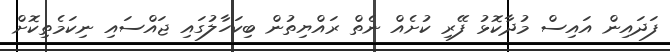
ފަދައިން އައިސް މުދާކޮޅު ފޭރި ކުށެއް ނެތް ރައްޔިތުން ބިކަހާލުގައި ޖައްސައި ނިކަމެތިކޮށް